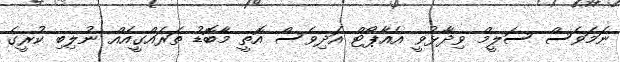
ނަމަވެސް ސަލީމް ވިދާޅުވީ އެއާޕޯޓް އަދިވެސް އޮތީ މާބޮޑު ތަރައްގީއެއް ނުލިބި ކުރީގެ